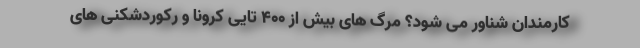
کارمندان شناور می شود؟ مرگ های بیش از ۴۰۰ تایی کرونا و رکوردشکنی های